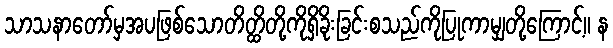
သာသနာတော်မှအပဖြစ်သောတိတ္ထိတို့ကိုရှိခိုးခြင်းစသည်ကိုပြုကာမျှတို့ကြောင့်။ န